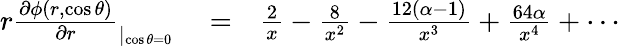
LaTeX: \begin{array}{rlr}{r\frac{\partial\phi(r,\cos\theta)}{\partial r}_{|_{\cos\theta=0}}}&{{}=}&{\frac{2}{x}-\frac{8}{x^{2}}-\frac{12(\alpha-1)}{x^{3}}+\frac{64\alpha}{x^{4}}+\cdots}\end{array}